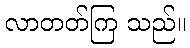
လာတတ်ကြ သည်။